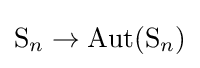
\mathrm {S} _{n}\to \operatorname {Aut} (\mathrm {S} _{n})